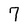
Character: 7